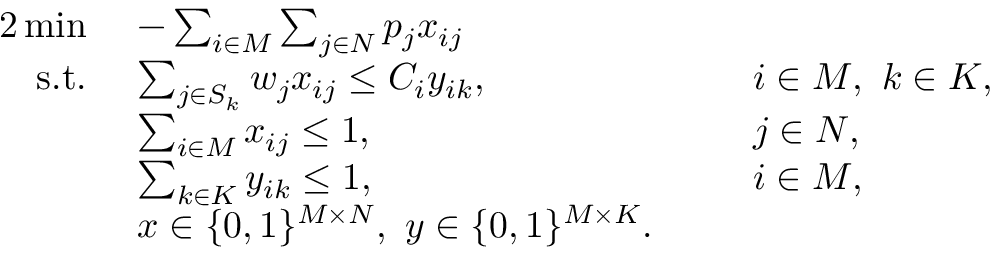
\begin{array} { r l r l } { { 2 } \operatorname* { m i n } ~ } & { - \sum _ { i \in M } \sum _ { j \in N } p _ { j } x _ { i j } } \\ { \mathrm { s . t . ~ } } & { \sum _ { j \in S _ { k } } w _ { j } x _ { i j } \leq C _ { i } y _ { i k } , } & & { i \in M , ~ k \in K , } \\ & { \sum _ { i \in M } x _ { i j } \leq 1 , } & & { j \in N , } \\ & { \sum _ { k \in K } y _ { i k } \leq 1 , } & & { i \in M , } \\ & { x \in \{ 0 , 1 \} ^ { M \times N } , ~ y \in \{ 0 , 1 \} ^ { M \times K } . ~ ~ } \end{array}